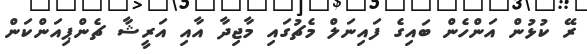
ރޭ ކުޅުން އަންހެން ބައިގެ ފައިނަލް މެޗުގައި މާޖިދާ އާއި އަރީޝާ ޗެންޕިއަންކަން